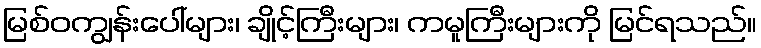
မြစ်ဝကျွန်းပေါ်များ၊ ချိုင့်ကြီးများ၊ ကမူကြီးများကို မြင်ရသည်။